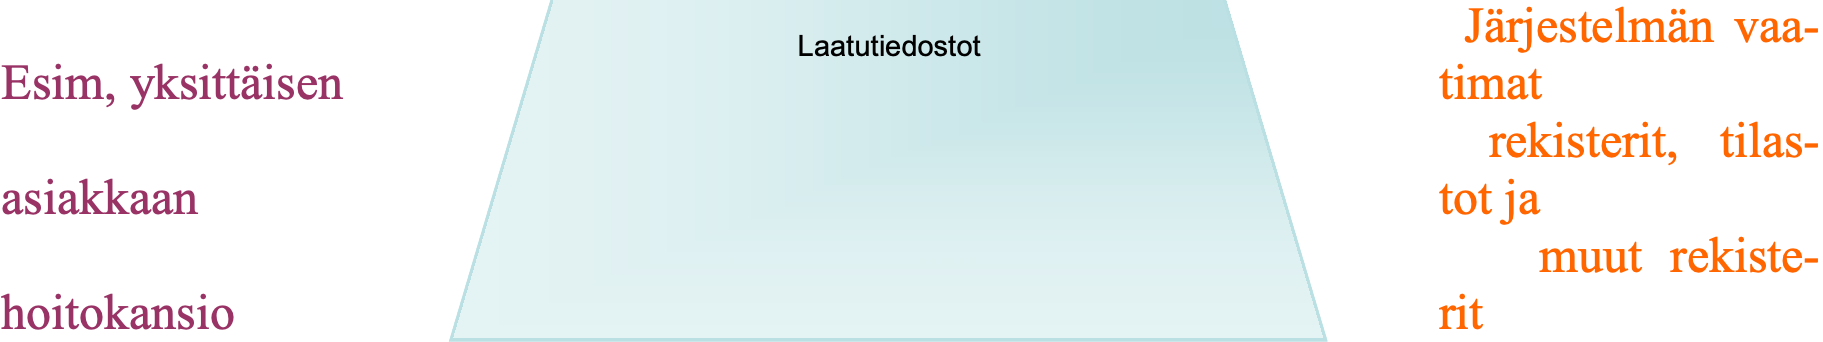
Järjestelmän vaa- Laatutiedostot Esim, yksittäisen                               timat rekisterit, tilas- asiakkaan                                       tot ja muut rekiste- hoitokansio                                     rit